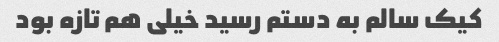
کیک سالم به دستم رسید خیلی هم تازه بود